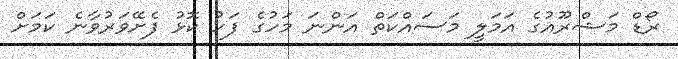
ރޯޑް މަޝްރޫއުގެ އަމަލީ މަސައްކަތް އަންނަ މަހުގެ ފަހު ކޮޅު ފެށޭވަރުވާނެ ކަމަށް